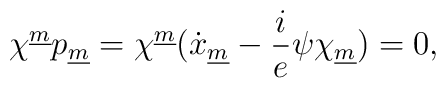
\chi^{\underline m}p_{\underline m}=\chi^{\underline m}(\dot x_{\underline m}-{i\over e}\psi\chi_{\underline m})=0,